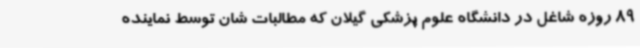
89 روزه شاغل در دانشگاه علوم پزشکی گیلان که مطالبات شان توسط نماینده